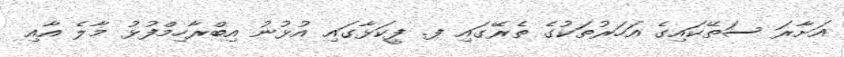
އަށާރަ ސަތޭކައިގެ އަހަރުތަކުގެ ތެރޭގައި ފ. ފީކަޅާގައި އުޅުނު އިބްރާހިމްފުޅު މާލެ އާއި